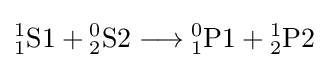
{{\mathrm {^{1}_{1}S1} }{}+{}{\mathrm {^{0}_{2}S2} }{}\mathrel {\longrightarrow } {}{\mathrm {^{0}_{1}P1} }{}+{}{\mathrm {^{1}_{2}P2} }}